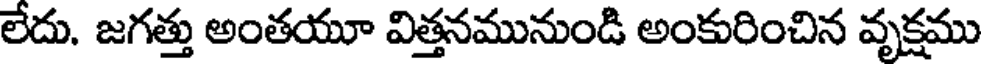
లేదు. జగత్తు అంతయూ విత్తనమునుండి అంకురించిన వృక్షము